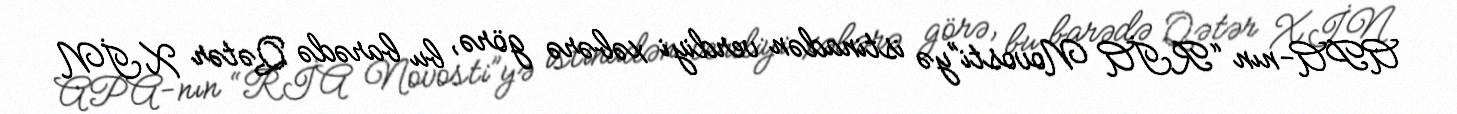
APA-nın “RİA Novosti”yə istinadən verdiyi xəbərə görə, bu barədə Qətər XİN